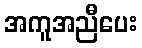
အကူအညီပေး